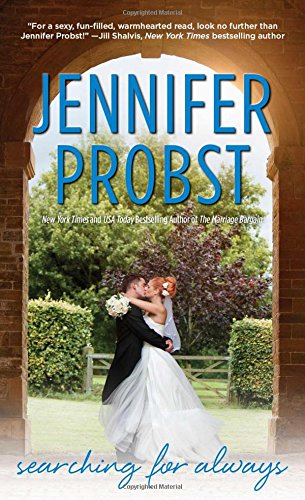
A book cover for Searching for Always; Jennifer Probst; Literature & Fiction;